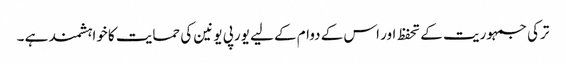
ترکی جمہوریت کے تحفظ اور اس کے دوام کے لیے یورپی یونین کی حمایت کا خواہشمند ہے ۔